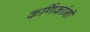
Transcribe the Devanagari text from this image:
कर्णिकांनी